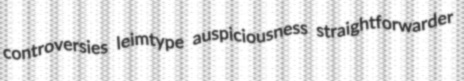
controversies leimtype auspiciousness straightforwarder